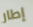
إطار